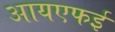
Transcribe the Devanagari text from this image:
आयएफई